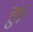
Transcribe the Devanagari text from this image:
हुं।